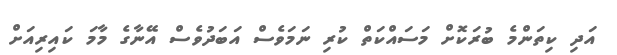
އަދި ކިތަންމެ ބުރަކޮށް މަސައްކަތް ކުރި ނަމަވެސް އަބަދުވެސް އޭނާގެ މާމަ ކައިރިއަށް